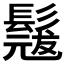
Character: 𮫎